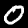
Digit: 0